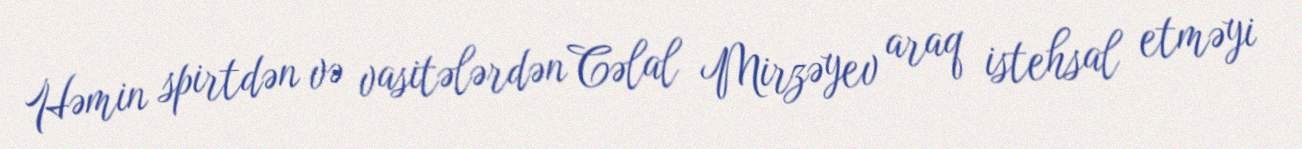
Həmin spirtdən və vasitələrdən Cəlal Mirzəyev araq istehsal etməyi